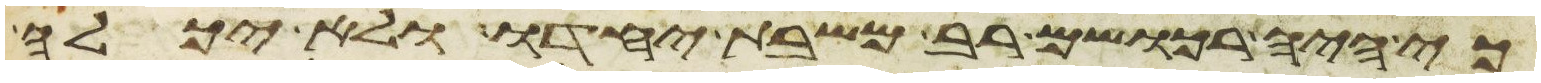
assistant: כי היה רכושם רב משבת יחדו ולא יכלה